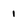
Character: 1